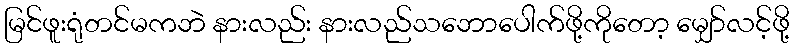
မြင်ဖူးရုံတင်မကဘဲ နားလည်း နားလည်သဘောပေါက်ဖို့ကိုတော့ မျှော်လင့်ဖို့